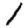
Digit: 1